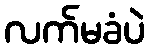
လက်မခံပဲ